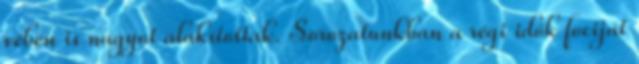
vébén is nagyot alakítottak. Sorozatunkban a régi idők fociját